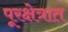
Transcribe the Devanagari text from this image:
पूरक्षेत्रात